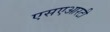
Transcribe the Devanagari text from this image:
एसएआरटी